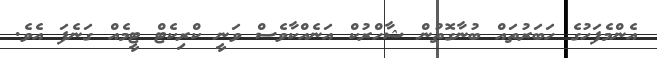
އެންމެފަހުގެ ހަބަރުތައް ބުނާގޮތުން ޝާހްރުކް އަނެއްކާވެސް ވަނީ ކްރިކެޓް ޓީމެއް ގަނެފަ އެވެ.